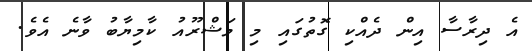
އެ ދިރާސާ އިން ދެއްކި ގޮތުގައި މި މަޝްރޫއު ކާމިޔާބު ވާނެ އެވެ.